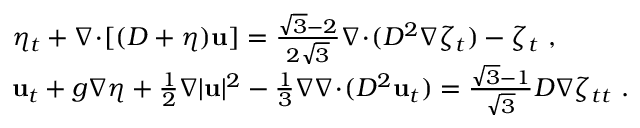
\begin{array} { r l } & { \eta _ { t } + \nabla \! \cdot \! [ ( D + \eta ) \mathbf { u } ] = \frac { \sqrt { 3 } - 2 } { 2 \sqrt { 3 } } \nabla \! \cdot \! ( D ^ { 2 } \nabla \zeta _ { t } ) - \zeta _ { t } \ , } \\ & { \mathbf { u } _ { t } + g \nabla \eta + \frac { 1 } { 2 } \nabla | \mathbf { u } | ^ { 2 } - \frac { 1 } { 3 } \nabla \nabla \! \cdot \! ( D ^ { 2 } \mathbf { u } _ { t } ) = \frac { \sqrt { 3 } - 1 } { \sqrt { 3 } } D \nabla \zeta _ { t t } \ . } \end{array}